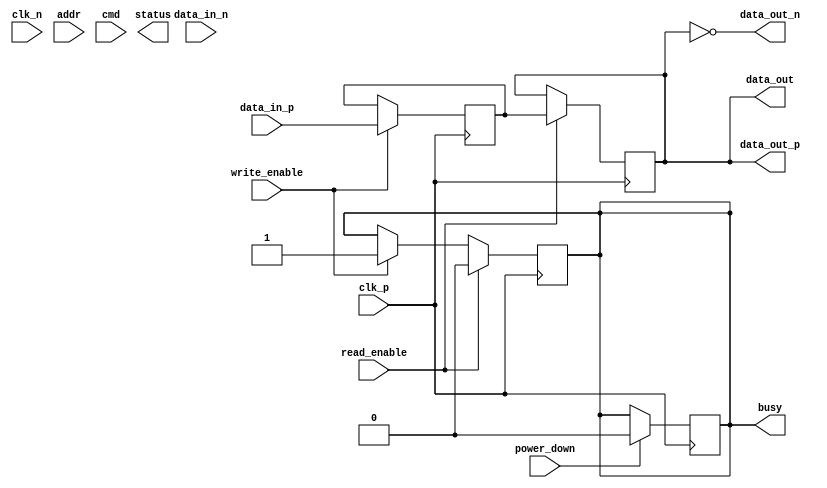
module lpddr_io_block (
    input wire clk_p,               // Differential Clock Positive
    input wire clk_n,               // Differential Clock Negative
    input wire [31:0] data_in_p,    // Differential Data Input Positive
    input wire [31:0] data_in_n,    // Differential Data Input Negative
    output wire [31:0] data_out_p,   // Differential Data Output Positive
    output wire [31:0] data_out_n,   // Differential Data Output Negative
    input wire [15:0] addr,          // Address Lines
    input wire [3:0] cmd,            // Command Lines
    input wire write_enable,          // Write Enable Signal
    input wire read_enable,           // Read Enable Signal
    input wire power_down,            // Power Down Signal
    output wire busy,                 // Busy Signal
    output wire [31:0] data_out,      // Data Output
    output wire [15:0] status         // Status Output
);

    // Internal signals
    reg [31:0] data_reg;
    reg busy_reg;
    reg [15:0] status_reg;

    // Clock Management
    always @(posedge clk_p or negedge clk_n) begin
        // Clock synchronization logic
        if (!clk_n) begin
            // Handle clock falling edge
        end else begin
            // Handle clock rising edge
        end
    end

    // Data Handling
    always @(posedge clk_p) begin
        if (write_enable) begin
            // Write data operation
            data_reg <= data_in_p; // Assuming single-ended for simplicity
            busy_reg <= 1'b1;
        end
        if (read_enable) begin
            // Read data operation
            data_out <= data_reg;
            busy_reg <= 1'b0;
        end
    end

    // Address and Command Management
    always @(posedge clk_p) begin
        case (cmd)
            4'b0001: begin
                // Read Command
            end
            4'b0010: begin
                // Write Command
            end
            4'b0011: begin
                // Refresh Command
            end
            // Add other command cases as needed
            default: begin
                // Default case
            end
        endcase
    end

    // Power Management
    always @(posedge clk_p) begin
        if (power_down) begin
            // Handle power down state
            busy_reg <= 1'b0;
        end
    end

    // Output Assignments
    assign data_out_p = data_out; // Assuming single-ended for simplicity
    assign data_out_n = ~data_out; // Invert for differential output
    assign busy = busy_reg;
    assign status = status_reg;

endmodule